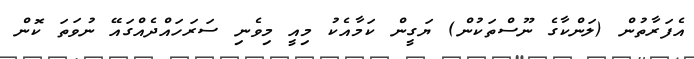
އެފަރާތުން (ލަންކާގެ ނޫސްތަކުން) ޔަގީން ކަމާއެކު މިއީ މިވެނި ސަރަހައްދެއްގައޭ ނުވަތަ ކޮން